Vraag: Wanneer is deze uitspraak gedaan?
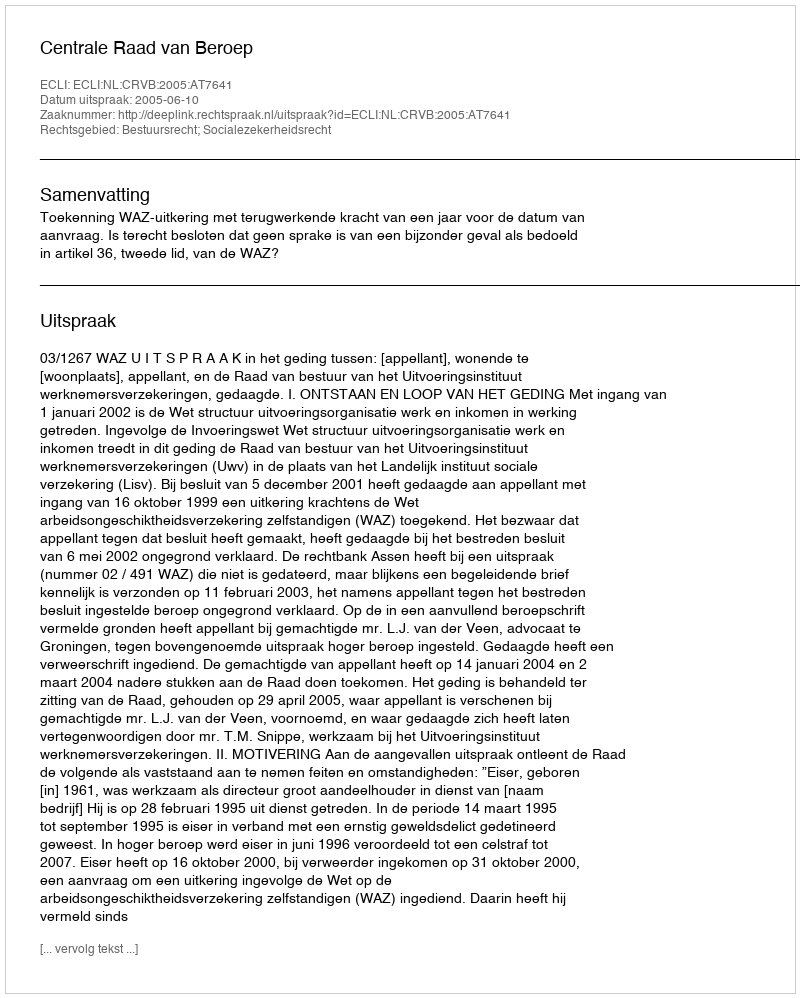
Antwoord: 2005-06-10